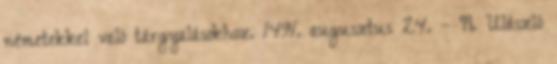
németekkel való tárgyalásokhoz. 1491. augusztus 24. – II. Ulászló